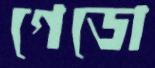
গেডো